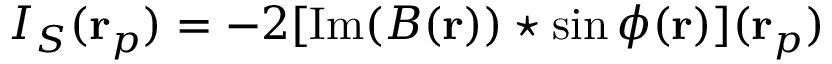
I _ { S } ( \mathbf { r } _ { p } ) = - 2 [ \mathrm { I m } ( B ( \mathbf { r } ) ) \star \sin \phi ( \mathbf { r } ) ] ( \mathbf { r } _ { p } )